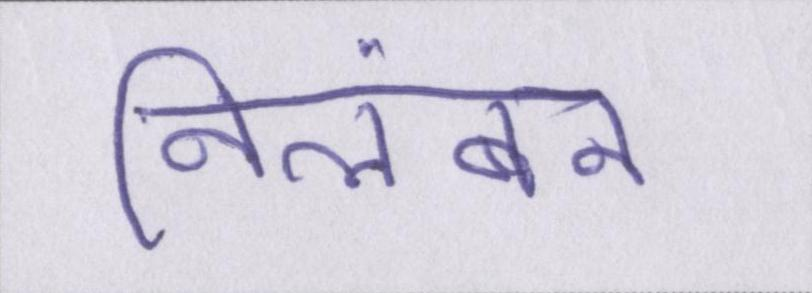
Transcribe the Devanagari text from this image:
निलंबन